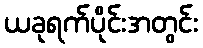
ယခုရက်ပိုင်းအတွင်း